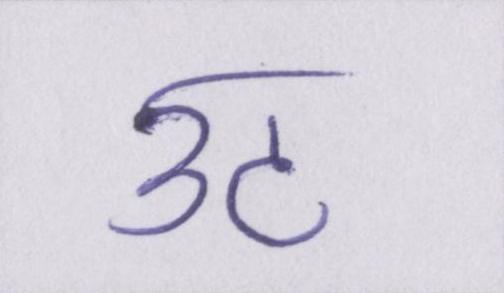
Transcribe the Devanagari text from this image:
उठ